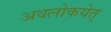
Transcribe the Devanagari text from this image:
अवलोकयेत्